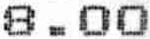
8.00